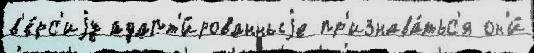
в'е́рс'иjу адапт'и́рованныjе пр'изнава́тьс'я он'и́